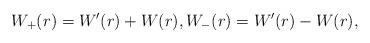
LaTeX: \begin{align*} W_+(r) = W'(r) + W(r), W_-(r) = W'(r) - W(r), \end{align*}